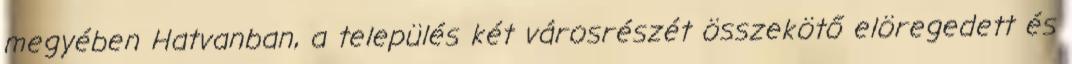
megyében Hatvanban, a település két városrészét összekötő elöregedett és